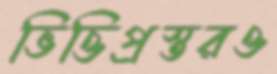
ভিত্তিপ্রস্তরও